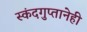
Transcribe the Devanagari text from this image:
स्कंदगुप्तानेही